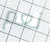
نعم